Sanitation, dispensaries and jails vaccination Rajputana 1922-1927 - 1922-1927
Year: 1922
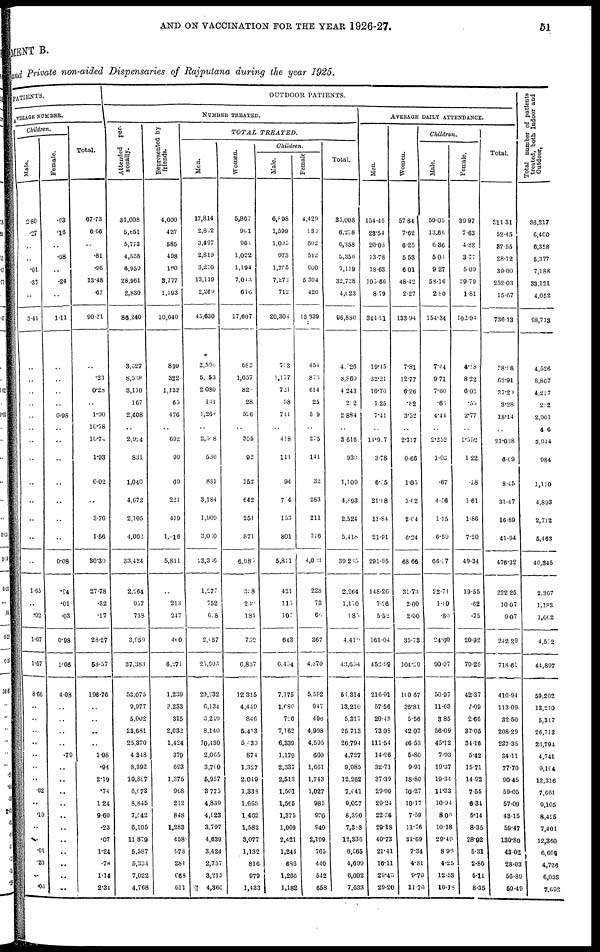
AND ON VACCINATION FOR THE YEAR 1926-27.
51
MENT B.
and Private non-aided Dispensaries of Rajputana during the year 1925.
PATIENTS.
AVERAGE NUMBER.
Children.
Male.
2.80
.27
..
..
.01
.33
..
3.44
..
..
..
..
..
..
..
..
..
..
..
..
..
1.65
..
.02
1.67
1.67
8.66
..
..
..
..
..
..
..
02
..
.10
..
..
.01
.20
..
.03
Female.
.63
.18
..
.08
..
.24
..
1.11
..
..
..
..
0.98
..
..
..
..
..
..
..
0.08
.94
.01
.03
0.98
1.06
4.08
..
..
..
..
.79
..
..
..
..
..
..
..
..
..
..
..
Total.
67.73
6.66
..
.81
.96
13.48
.67
90.31
..
.23
0.28
..
1.00
10.78
l0.74
1.93
0.02
..
3.76
1.56
30.30
27.78
.32
.17
28.27
58.57
196.76
..
..
..
..
1.98
.94
2.19
.74
124
9.60
.23
.07
1.24
.78
1.14
2.31
OUTDOOR PATIENTS.
NUMBER TREATED.
Attended per-
sonally.
31,008
5,851
5,773
4,858
6,959
28,961
2,830
86,240
3,027
8,538
3,110
167
2,408
..
2,924
831
1,040
4,672
2,105
4,002
33,424
2,264
957
738
3,959
37,383
53,075
9,977
5,002
23,681
25,370
4,318
8,392
10,887
6,673
8,845
7,542
6,105
11,879
5,587
5,334
7,022
4,768
Represented by
friends.
4,000
427
585
498
160
3,777
1,193
10,640
899
322
1,139
65
476
..
692
99
69
221
419
1,416
5,811
..
213
247
400
6,271
1,239
3,233
315
2,032
1,424
379
693
1,375
968
212
848
1,283
4588
978
284
668
611
TOTAL
TREATED.
Men.
17,814
2,812
3,497
2,819
3,270
13,119
2,269
45,630
2,596
5,053
2,080
131
l,265
..
2,508
536
831
3,184
1,909
3,000
23,366
1,277
752
628
2,057
25,993
29,232
6,134
3,249
8,140
10,430
2,065
3,700
5,957
3,775
4,839
4,623
3,797
4,639
3,424
2,757
3,215
4,360
Women.
5,867
961
981
1,022
1,194
7,043
610
17,607
683
1,657
820
28
526
..
355
92
152
642
251
871
6,085
328
230
184
752
6,837
12,315
4,419
846
5,413
5,430
874
1,327
2,049
1,333
1,668
1,462
1,582
3,077
1,132
816
979
1,433
Children.
Male.
5,898
1,599
1,005
973
l,755
7,272
712
20,304
..
1,177
721
58
711
..
418
111
94
714
153
801
5,81l
421
115
107
643
6,454
7,175
l,680
726
7,162
6,339
1,179
2,337
2,513
1,501
1,565
1,375
1,069
2,421
1,241
686
1,265
1,182
Female
4,429
936
802
542
900
5,304
426
13,339
454
873
614
25
309
..
275
141
32
283
211
716
4,003
228
73
60
367
4,370
5,592
947
496
4,998
4,595
609
1,661
1,743
1,027
985
930
940
2,199
765
440
542
658
Total.
35,008
6,278
6,358
5,356
7,119
32,738
4,023
96,880
4,526
8,860
4,243
212
2,884
..
3,616
930
1,109
4,893
2,524
5,418
39,235
2,264
1,170
987
4,419
43,634
54,314
13,210
5,317
25,713
26,794
4,727
9,085
12,262
7,641
9,057
8,390
7,383
12,336
6,565
4,699
6,002
7,633
AVERAGE DAILY ATTENDANCE.
Men.
154.45
23.54
20.03
13.78
18.63
105.66
8.79
344.91
19.45
32.21
16.70
1.25
7.41
..
11.907
3.78
6.55
21.08
11.84
21.91
291.95
148.26
7.26
5.52
161.04
452.99
216.91
57.56
20.43
73,03
111.54
14.96
32.71
37.39
29.90
29.24
22.36
29.18
40.73
21.41
16.11
29.46
29.20
Women.
5784
7.62
6.25
5.53
6.01
48.42
2.27
133.94
7.81
12.77
6.96
.82
3.52
..
2.307
0.66
1.05
3.02
2.04
6.24
68.66
31.73
2.00
2.00
35.73
104.59
100.67
36.81
5.56
42.07
46.53
5.80
9.91
18.80
10.27
10.17
7.50
11.76
31.69
7.34
4.81
9.79
11.76
Children.
Male.
59.05
13.66
6.36
5.01
9.27
58.16
2.80
154.34
7.44
9.71
7.60
.65
4.44
..
2.252
1.03
.67
4.56
1.15
6.59
66.57
22.71
1.69
.80
24.60
90.97
50.97
11.63
3.85
56.09
45.12
7.93
19.37
19.34
11.33
10.94
8.06
10.18
29.46
8.96
4.25
12.53
10.18
Female.
39. 97
7.63
4.88
3.77
5.09
39.79
1.81
102.94
4.18
8.22
6.03
.55
2.77
..
1.552
1.22
.18
1.61
1.86
7.20
49.34
19.55
.62
.75
20.92
70.26
42.37
7.09
2.66
37.05
34.16
5.42
15.71
14.92
7.55
6.34
5.14
8.35
28.92
5.31
2.86
5.11
8.35
Total.
311.31
52.45
87.55
28.12
39.00
252.03
15.67
736.13
28.88
62.91
37.20
3.28
18.14
..
21.038
6.69
8.45
31.47
16.89
41.94
476.32
222.25
10.97
9.07
242.29
718.61
410.94
113.09
32.50
208.29
237.35
34.11
77.70
90.45
59.05
57.09
43.15
59.47
130.80
43.02
28.03
56.89
59.49
Total number of patients
treated, both Indoo
36,217
6,460
6,358
5,377
7,188
33,121
4,052
98,713
4,526
8,867
4,257
222
2,901
4.6
3,944
984
1,110
4,893
2,712
5,463
40,345
2,367
1,183
1,062
4,552
44,897
59,202
13,210
5,317
26,713
26,794
4,741
9,164
12,316
7,661
9,105
8,425
7,401
12,360
6,609
4,726
6,038
7,092